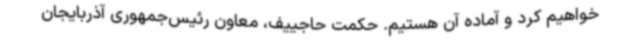
خواهیم کرد و آماده آن هستیم. حکمت حاجییف، معاون رئیس‌جمهوری آذربایجان